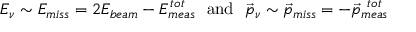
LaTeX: E _ { \nu } \sim E _ { m i s s } = 2 E _ { b e a m } - E _ { m e a s } ^ { t o t } ~ ~ \mathrm { a n d } ~ ~ \vec { p } _ { \nu } \sim \vec { p } _ { m i s s } = - \vec { p } _ { m e a s } ^ { ~ t o t }